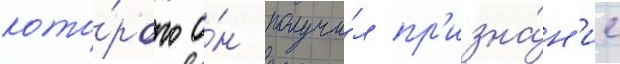
кото́рого о́н получи́л пр'изна́н'ие